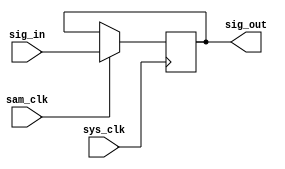
module ee465_gold_standard_srrc(
			input sys_clk, //system clock
			input sam_clk, //sampling clock
			input signed [17:0]sig_in, //upsampled input value 1s17
			output reg signed [17:0]sig_out //output of filter 1s17
			);


	always@ (posedge sys_clk)
		if (sam_clk == 1'b1)
			sig_out <= sig_in;

endmodule